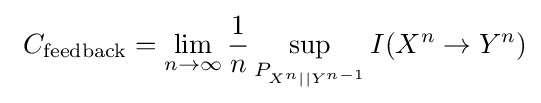
\ C_{\text{feedback}}=\lim _{n\to \infty }{\frac {1}{n}}\sup _{P_{X^{n}||Y^{n-1}}}I(X^{n}\to Y^{n})